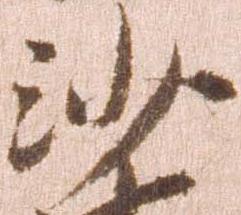
沙